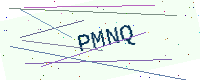
Text: PMNQ